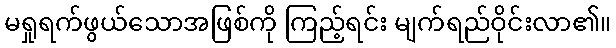
မရှုရက်ဖွယ်သောအဖြစ်ကို ကြည့်ရင်း မျက်ရည်ဝိုင်းလာ၏။